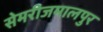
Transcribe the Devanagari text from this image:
सेमरीजमालपुर